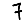
Digit: 7